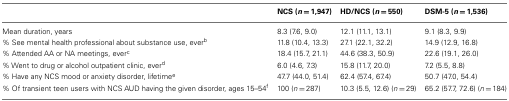
<table><thead><tr><td></td><td><b>NCS (<i>n</i> = 1,947)</b></td><td><b>HD/NCS (<i>n</i> = 550)</b></td><td><b>DSM-5 (<i>n</i> = 1,536)</b></td></tr></thead><tbody><tr><td>Mean duration, years</td><td>8.3 (7.6, 9.0)</td><td>12.1 (11.1, 13.1)</td><td>9.1 (8.3, 9.9)</td></tr><tr><td>% See mental health professional about substance use, ever<sup>b</sup></td><td>11.8 (10.4, 13.3)</td><td>27.1 (22.1, 32.2)</td><td>14.9 (12.9, 16.8)</td></tr><tr><td>% Attended AA or NA meetings, ever<sup>c</sup></td><td>18.4 (15.7, 21.1)</td><td>44.6 (38.3, 50.9)</td><td>22.6 (19.1, 26.0)</td></tr><tr><td>% Went to drug or alcohol outpatient clinic, ever<sup>d</sup></td><td>6.0 (4.6, 7.3)</td><td>15.8 (11.7, 20.0)</td><td>7.2 (5.5, 8.8)</td></tr><tr><td>% Have any NCS mood or anxiety disorder, lifetime<sup>e</sup></td><td>47.7 (44.0, 51.4)</td><td>62.4 (57.4, 67.4)</td><td>50.7 (47.0, 54.4)</td></tr><tr><td>% Of transient teen users with NCS AUD having the given disorder, ages 15–54<sup>f</sup></td><td>100 (<i>n</i> = 287)</td><td>10.3 (5.5, 12.6) (<i>n</i> = 29)</td><td>65.2 (57.7, 72.6) (<i>n</i> = 184)</td></tr></tbody></table>